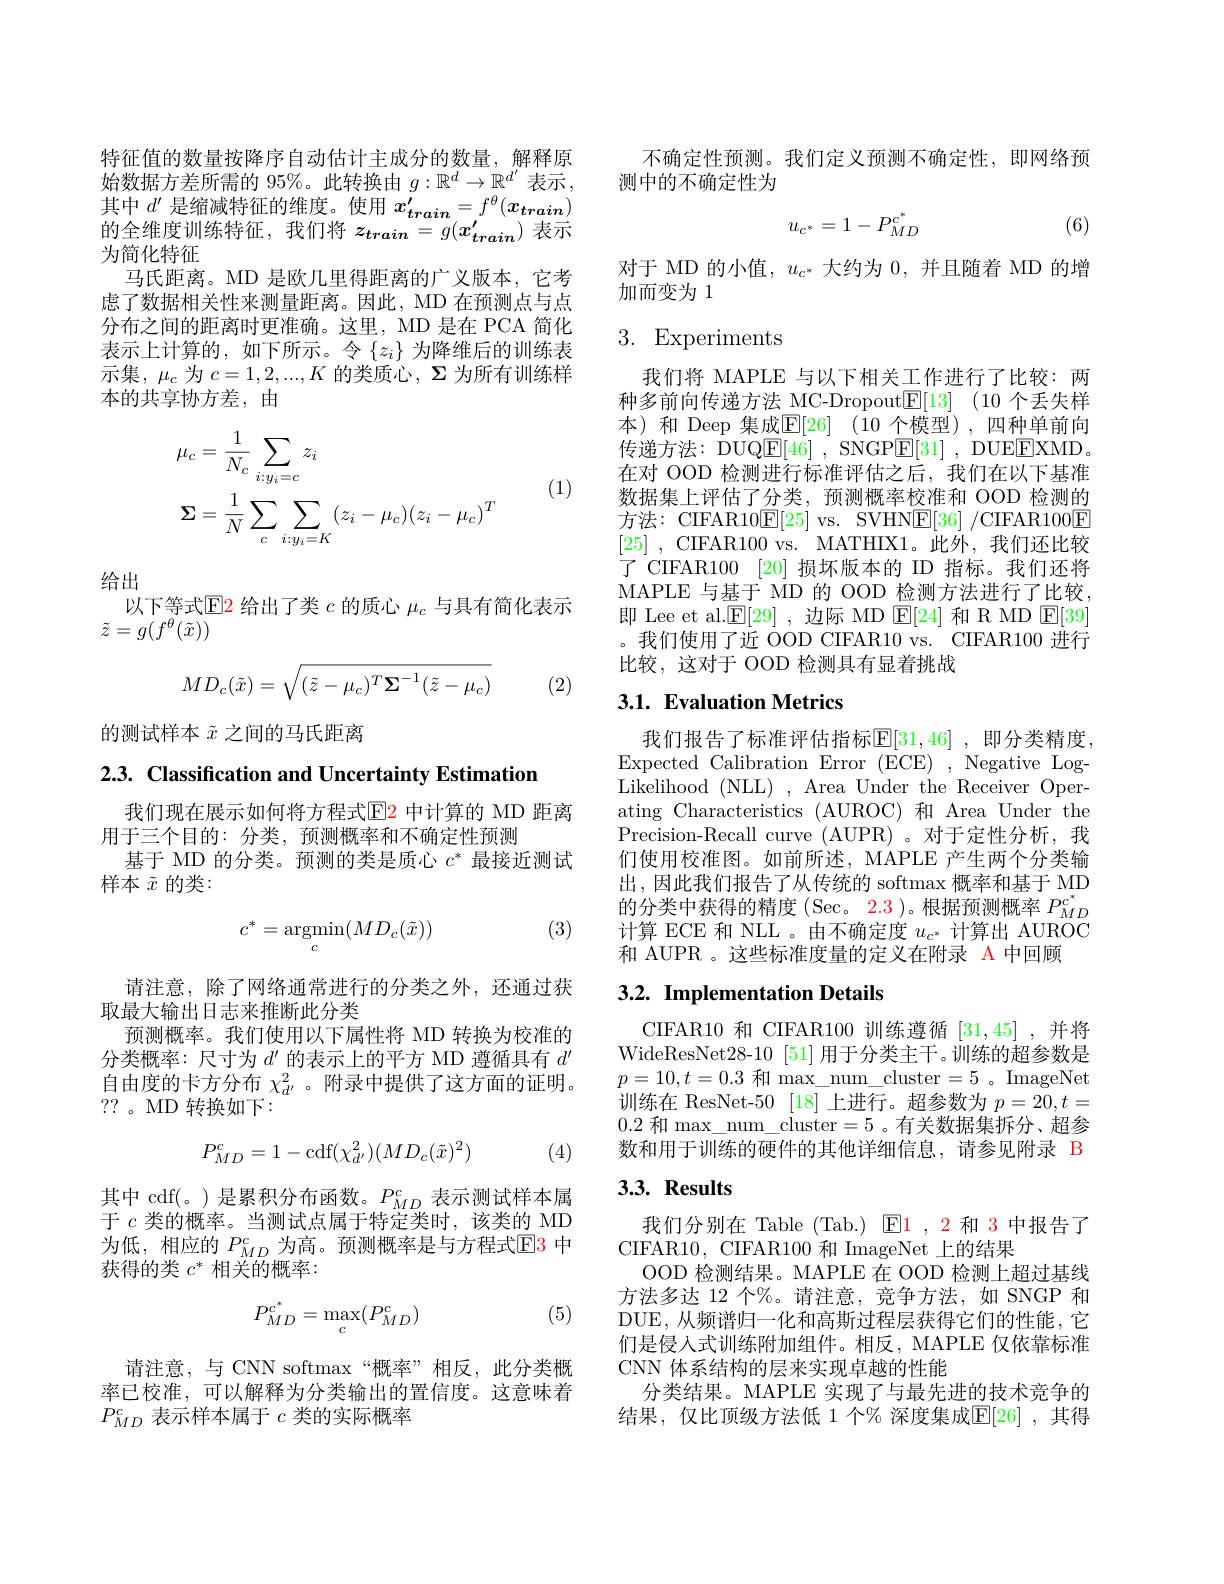
特征值的数量按降序自动估计主成分的数量，解释原始数据方差所需的 95%。此转换由$g:\mathbb{R}^d\to\mathbb{R}^{d^{\prime}}$表示， 其中$d^\prime$是缩减特征的维度。使用$x_train^{\prime}=f^\theta(\boldsymbol{x_{train}})$ 的全维度训练特征，我们将$z_{train}=g(x_{train}^{\prime})$表示为简化特征
马氏距离。MD 是欧几里得距离的广义版本，它考虑了数据相关性来测量距离。因此，MD 在预测点与点分布之间的距离时更准确。这里，MD 是在 PCA 简化表示上计算的，如下所示。令$\{z_i\}$为降维后的训练表示集$,\mu_{c}$ 为 $c=1,2,...,K$ 的类质心$,\Sigma$ 为所有训练样本的共享协方差，由
$$\begin{aligned}&\mu_{c}=\frac{1}{N_{c}}\sum_{i:y_{i}=c}z_{i}\\&\boldsymbol{\Sigma}=\frac{1}{N}\sum_{c}\sum_{i:y_{i}=K}(z_{i}-\mu_{c})(z_{i}-\mu_{c})^{T}\end{aligned}$$
(1)

给出
以下等式$\color{red}{\mathrm{E}}$2 给出了类$c$的质心$\mu_c$与具有简化表示
$\tilde{z}=g(f^\theta(\tilde{x}))$
$$MD_c(\tilde{x})=\sqrt{(\tilde{z}-\mu_c)^T\boldsymbol{\Sigma}^{-1}(\tilde{z}-\mu_c)}$$
(2)

的测试样本$\tilde{x}$之间的马氏距离

2.3. Classification and Uncertainty Estimation

我们现在展示如何将方程式$\color{red}{\boxed{\mathrm{E}}2}$ 中计算的 MD 距离
用于三个目的：分类，预测概率和不确定性预测
基于 MD 的分类。预测的类是质心$c^*$最接近测试
样本$\tilde{x}$的类：

(3)
$$c^*=\underset{c}{\mathrm{argmin}}(MD_c(\tilde{x}))$$
请注意，除了网络通常进行的分类之外，还通过获
取最大输出日志来推断此分类
预测概率。我们使用以下属性将 MD 转换为校准的分类概率：尺寸为$d^\prime$的表示上的平方 MD 遵循具有$d^{\prime}$ 自由度的卡方分布$\chi_{d^{\prime}}^2$ 。附录中提供了这方面的证明。??。MD 转换如下：
$$P_{MD}^{c}=1-\mathrm{cdf}(\chi_{d'}^{2})(MD_{c}(\tilde{x})^{2})$$
(4)

其中 cdf(。) 是累积分布函数。$P_{MD}^{c}$表示测试样本属于$c$类的概率。当测试点属于特定类时，该类的 MD 为低，相应的 $P_{MD}^c$ 为高。预测概率是与方程式$\color{red}{\mathrm{E}}\color{blue}{\mathrm{F}}\color{red}{\mathrm{F}}\color{red}{\mathrm{F}}\color{red}{\mathrm{F}}\color{red}{\mathrm{F}}\color{red}{\mathrm{F}}\color{red}{\mathrm{F}}\color{red}{\mathrm{F}}\color{red}{\mathrm{F}}\color{red}{\mathrm{F}}\color\color{red}{\mathrm{F}}{\mathrm{F}}\color{red}{\mathrm{F}}\color{red}{\mathrm{F}}\color{red}{\mathrm{F}}\color{red}{\mathrm{F}}\color{red}{\mathrm{F}}\color{red}{\mathrm{F}}\color{red}{\mathrm{F}}\color{red}{$ 获得的类$c^*$相关的概率：

(5)
$$P_{MD}^{c^*}=\max_{c}(P_{MD}^c)$$
请注意，与 CNN softmax“概率”相反，此分类概率已校准，可以解释为分类输出的置信度。这意味着$P_{MD}^c$表示样本属于$c$类的实际概率

不确定性预测。我们定义预测不确定性，即网络预
测中的不确定性为
$$u_{c^*}=1-P_{MD}^{c^*}$$
(6)

对于 MD 的小值，$u_{c^{*}}$大约为0，并且随着 MD 的增
加而变为1

## 3. Experiments

我们将 MAPLE 与以下相关工作进行了比较：两种多前向传递方法 MC-Dropout$\underline {\mathrm{E} }[ 13]$ (10个丢失样本)和 Deep 集成$\mathbb{E} [ 26]$ (10 个模型),四种单前向传递方法：DUQE[46] , SNGP$\boxed{\mathrm{E}}[31]$ , DUEEXMD。在对 OOD 检测进行标准评估之后，我们在以下基准数据集上评估了分类，预测概率校准和 OOD 检测的方法：CIFAR10$\underline{\mathrm{E}}[25]$ vs. SVHN$\underline{\mathrm{E}}[36]\not$CIFAR100$\underline{\mathrm{E}}$ [25] , CIFAR100 vs. MATHIX1。此 外 , 我 们 还 比 较 了 CIFAR100 [20] 损坏版本的 ID 指标。我们还将MAPLE 与基于 MD 的 OOD 检测方法进行了比较即 Lee et al.$\mathbb{E}[29]$ ,边际 MD $\mathbb{E}[24]$和 R MD E[39] 。我们使用了近 OOD CIFAR10 vs. CIFAR100 进行比较，这对于 OOD 检测具有显着挑战

## 3.1. Evaluation Metrics

我们报告了标准评估指标$\mathbb{E}[31,46]$ ,即分类精度， Expected Calibration Error (ECE) , Negative LogLikelihood (NLL) , Area Under the Receiver Operating Characteristics (AUROC) 和 Area Under the Precision-Recall curve (AUPR) 。对于定性分析，我们使用校准图。如前所述，MAPLE 产生两个分类输出，因此我们报告了从传统的 softmax 概率和基于 MD 的分类中获得的精度(Sec。2.3)。根据预测概率$P_{MD}^{c^*}$ 计算 ECE 和 NLL 。由不确定度$u_c^*$计算出 AUROC 和 AUPR 。这些标准度量的定义在附录 A 中回顾

## $3. 2. \textbf{ Implementation Details}$

CIFAR10 和 CIFAR100 训练遵循[31,45] ,并将WideResNet28-10[51]用于分类主干。训练的超参数是$p=10,t=0.3$和 max\_num\_cluster=5。ImageNet 训练在 ResNet-50 [18] 上进行。超参数为$p=20,t=$ 0.2和 max\_num\_cluster=5。有关数据集拆分、超参数和用于训练的硬件的其他详细信息，请参见附录 B

## $3. 3. \textbf{Results}$

我们分别在 Table (Tab.) E1 , 2 和 3 中报告了
CIFAR10, CIFAR100 和 ImageNet 上的结果
OOD 检测结果。MAPLE 在 OOD 检测上超过基线方法多达 12 个%。请注意，竞争方法，如 SNGP 和DUE, 从频谱归一化和高斯过程层获得它们的性能，它们是侵入式训练附加组件。相反，MAPLE 仅依靠标准CNN 体系结构的层来实现卓越的性能
分类结果。MAPLE 实现了与最先进的技术竞争的结果，仅比顶级方法低 1 个% 深度集成$\mathbb{E}[26]$ ,其得